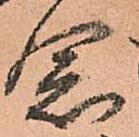
念